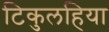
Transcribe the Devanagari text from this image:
टिकुलहिया